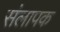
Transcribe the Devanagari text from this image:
संलापक